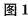
图1